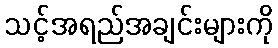
သင့်အရည်အချင်းများကို